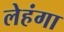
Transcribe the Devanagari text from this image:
लेहंगा